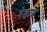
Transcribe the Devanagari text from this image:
रेहाब